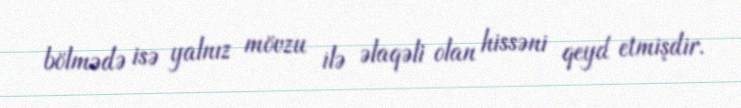
bölmədə isə yalnız mövzu ilə əlaqəli olan hissəni qeyd etmişdir.